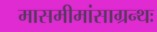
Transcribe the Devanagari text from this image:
मासमीमांसाग्रन्थः